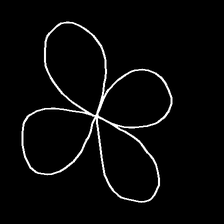
Glyph: billowing